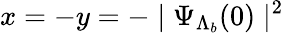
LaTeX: x=-y=-\mid\Psi_{\Lambda_{b}}(0)\mid^{2}